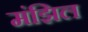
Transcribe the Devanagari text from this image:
मंझिल